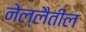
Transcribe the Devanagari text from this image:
नेल्लैतील